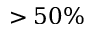
> 5 0 \%